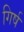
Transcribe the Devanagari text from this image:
गिर्ष